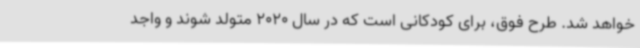
خواهد شد. طرح فوق، برای کودکانی است که در سال 2020 متولد شوند و واجد